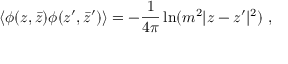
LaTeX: \langle \phi ( z , \bar { z } ) \phi ( z ^ { \prime } , \bar { z } ^ { \prime } ) \rangle = - { \frac { 1 } { 4 \pi } } \ln ( m ^ { 2 } | z - z ^ { \prime } | ^ { 2 } ) ~ ,